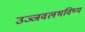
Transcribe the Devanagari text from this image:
उज्जवलभविष्य